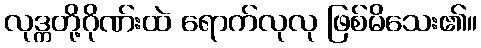
လုဒ္ကတို့ဂိုဏ်းထဲ ရောက်လုလု ဖြစ်မိသေး၏။